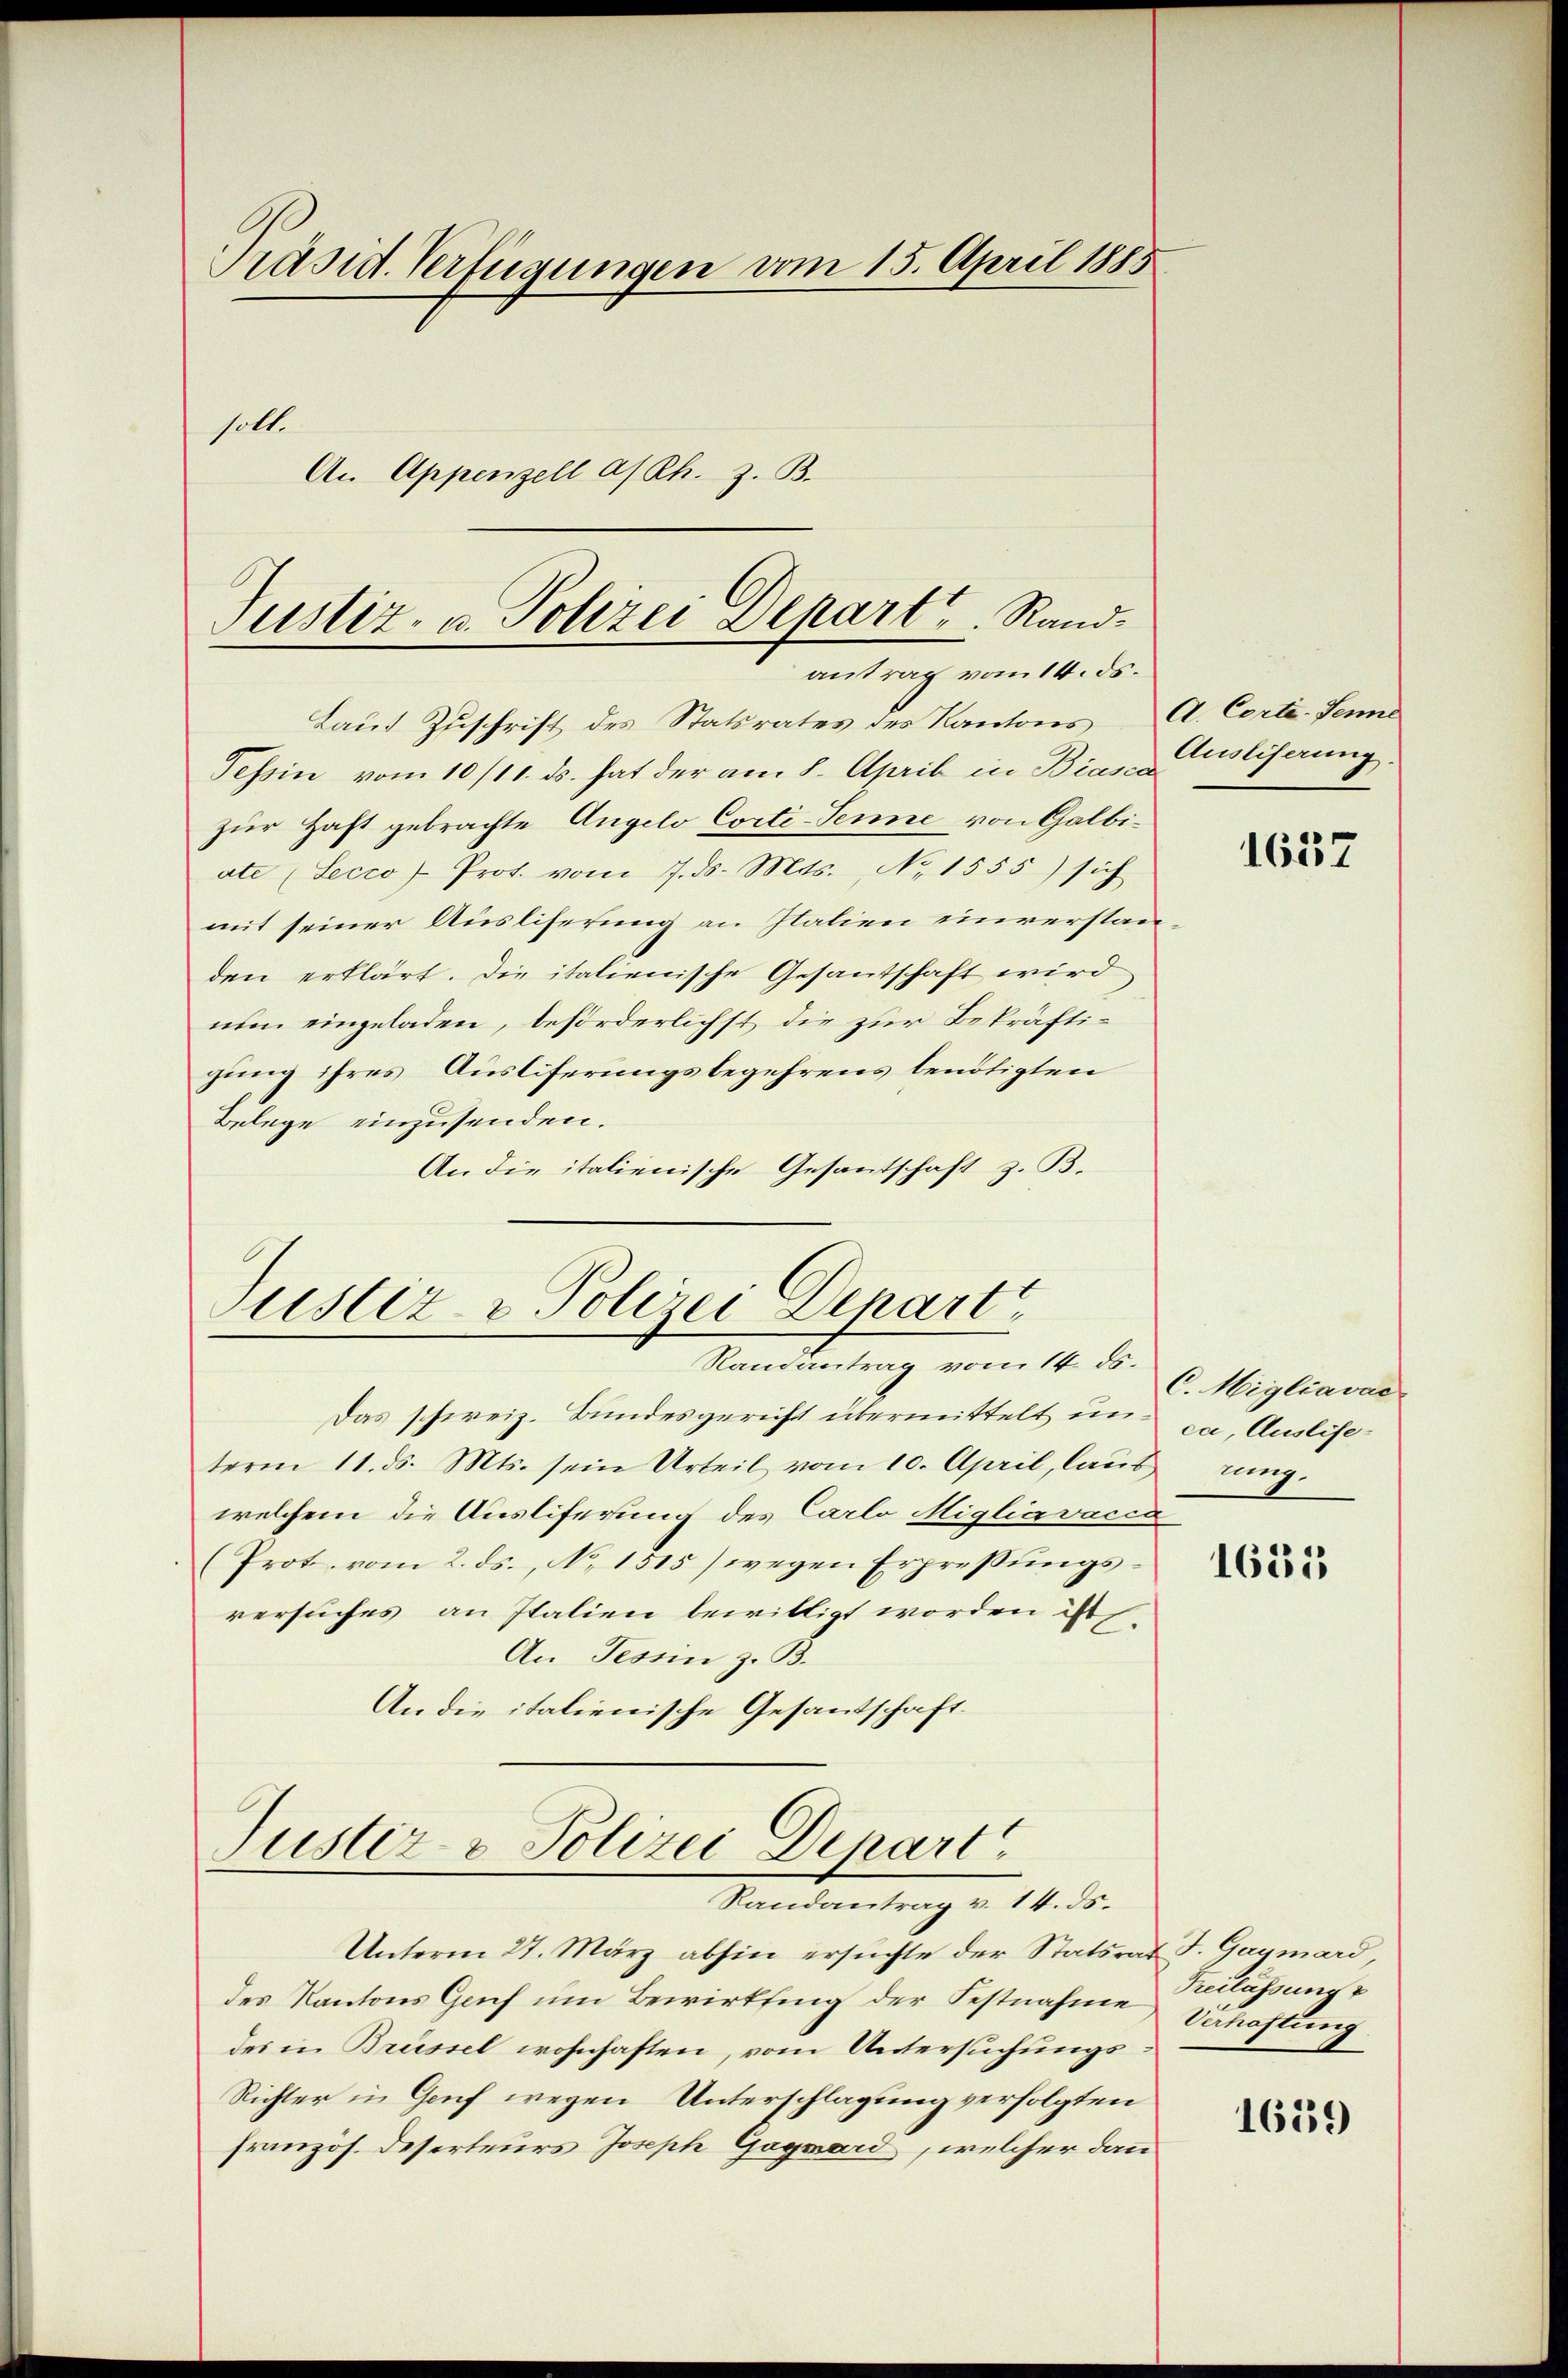
Präsid. Verfügungen vom 15. April 1885
soll.
An Appenzell a/Rh. z. B.

Justiz- u. Polizei Depart u. Randantrag vom 14. ds.

Laut Zuschrift des Statsrates des Kantons A. Corte. Jenne
Tessin vom 10/11. ds. hat der am 8. April in Bia, Eliserung
zur Haft gebrachte Angelo Corti Senne von Galbiate (Secco) Prot. vom 7. ds. Mts., No 1555) sich
mit seiner Ausliferung an Italien einverstanden erklärt. Die italienische Gesandtschaft wird
num eingeladen, beforderlichst die zur Bekräftigung ihres Ausliferungsbegehrens benötigten
Belege einzusenden.
An die italienische Gesantschaft z. B.

Justiz & Polizei Depart
Ramantrag vom 14. ds.

Das schweiz. Bundesgericht übermittelt in da, Auslieterm 11. ds. Mts. sein Urteil vom 10. April, laŭt rung.
welchem die Ausliferung des Carlo Migliavačić
(Prot. vom 2. ds., No. 1515) wegen Erpressŭngs-
versuches an Italien bewilligt worden ist,
An Tessin z. B.
An die italienische Gesandschaft.

Justiz- & Polizei Depart
Randantrag v. 14. ds.

Unterm 27. März abhin ersŭchte der Statsrat J. Gaymard,
des Kantons Genf um Bewirkling der Festnahme Verhaftung
des in Brüssel wohnhaften, vom Untersuchungs¬
Richter in Genf wegen Unterschlagung verfolgten
französ. Deserteurs Joseph Gagard, welcher dann

1637

C. Migliavac

1625

Freilassung

1659